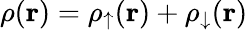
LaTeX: \rho({\mathbf r})=\rho_{\uparrow}({\mathbf r})+\rho_{\downarrow}({\mathbf r})